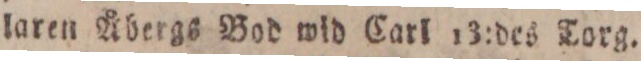
laren Åbergs Bod wid Carl 13:des Torg.